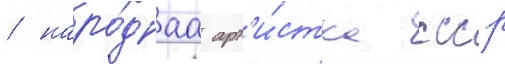
/ наро́днаа арт'и́стка ссср